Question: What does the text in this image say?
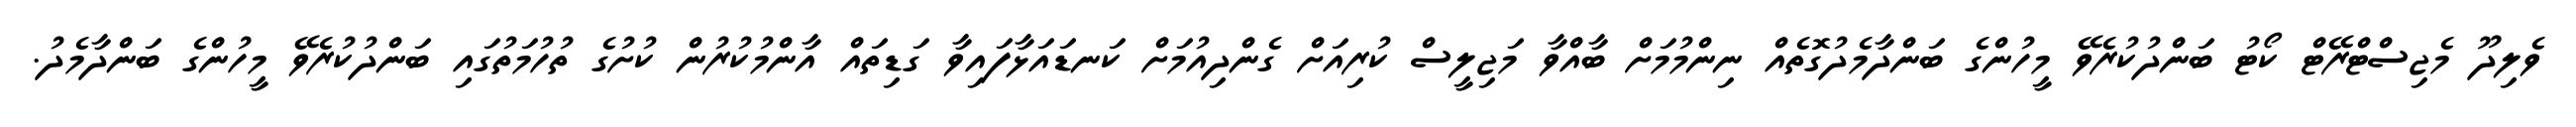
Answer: ވެލިދޫ މެޖިސްޓްރޭޓް ކޯޓު ބަންދުކުރެވޭ މީހުންގެ ބަންދާމެދުގޮތެއް ނިންމުމަށް ބާއްވާ މަޖިލީސް ކުރިއަށް ގެންދިއުމަށް ކަނޑައަޅާފައިވާ ގަޑިތައް އާންމުކުރުން ކުށުގެ ތުހުމަތުގައި ބަންދުކުރެވޭ މީހުންގެ ބަންދާމެދު.